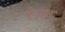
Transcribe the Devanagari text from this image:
केन्नन